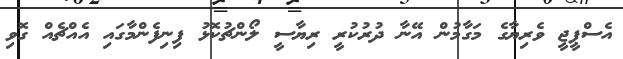
އެސްޕީޖީ ވެރިޔާގެ މަގާމުން އޭނާ ދުރުކުރީ ރިޔާސީ ލޯންޗުކޮޅު ފިނިފެންމާގައި އެއްޗެއް ގޮވި